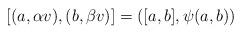
LaTeX: \begin{align*}[(a,\alpha v),(b, \beta v)]=([a,b], \psi(a,b)) \end{align*}